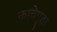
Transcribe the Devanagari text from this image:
काचेगुड़ा